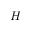
H